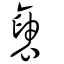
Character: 褏